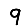
Digit: 9